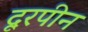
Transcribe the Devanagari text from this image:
दूरपीन